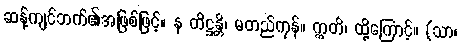
ဆန့်ကျင်ဘက်၏အဖြစ်ဖြင့်။ န တိဋ္ဌန္တိ၊ မတည်ကုန်။ ဣတိ၊ ထို့ကြောင့်။ (သာ၊